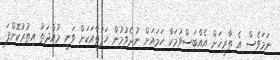
ނަމަވެސް އެ ތާރީޚަށް އެއްބަސްވުމަކާ ހަމައަށް ނުދެވުމުން ހަފުތާއަކަށް ވަނީ މުއްދަތު އިތުރުކޮށްފަ